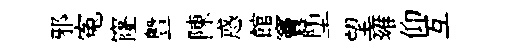
邪寃窿暨陳惑館竇堕望雍仰互